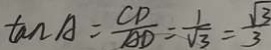
\tan A = \frac { C D } { A D } = \frac { 1 } { \sqrt { 3 } } = \frac { \sqrt { 3 } } { 3 }